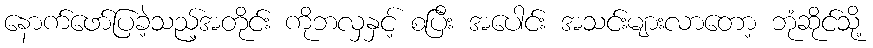
နောက်ဖော်ပြခဲ့သည့်အတိုင်း ကိုဘလှနှင့် စပြီး အပေါင်း အသင်းများလာတော့ ဘုံဆိုင်သို့